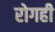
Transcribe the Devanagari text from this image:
रोगही